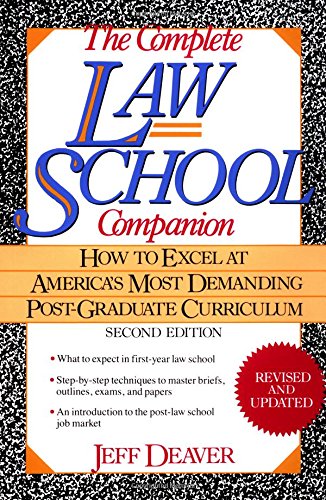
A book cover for The Complete Law School Companion: How to Excel at America's Most Demanding Post-Graduate Curriculum; Jeff Deaver; Education & Teaching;